Source: Handwritten
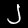
Digit: ၂ (2)